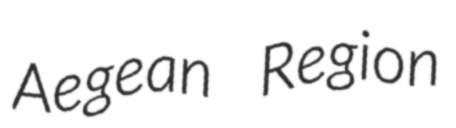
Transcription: Aegean Region